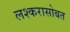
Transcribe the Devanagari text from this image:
लश्करासोबत